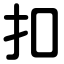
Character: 扣